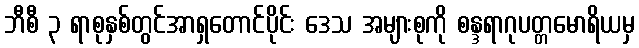
ဘီစီ ၃ ရာစုနှစ်တွင်အာရှတောင်ပိုင်း ဒေသ အများစုကို စန္ဒရာဂုပတ္တမောရိယမှ